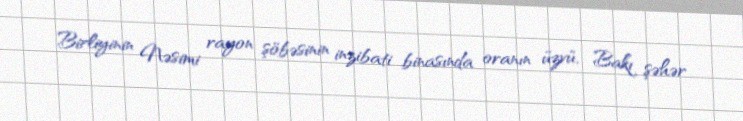
Birliyinin Nəsimi rayon şöbəsinin inzibati binasında oranın üzvü, Bakı şəhər